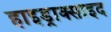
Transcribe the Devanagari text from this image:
हाइड्राक्साइद